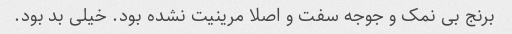
برنج بی نمک و جوجه سفت و اصلا مرینیت نشده بود. خیلی بد بود.